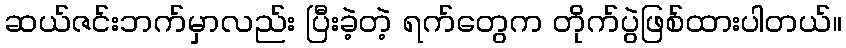
ဆယ်ဇင်းဘက်မှာလည်း ပြီးခဲ့တဲ့ ရက်တွေက တိုက်ပွဲဖြစ်ထားပါတယ်။